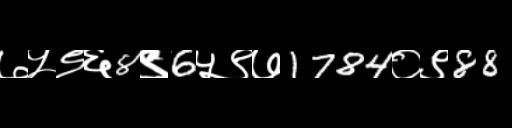
Text: ७५९६8९6५९७1784०९88